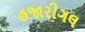
હજારીગલ